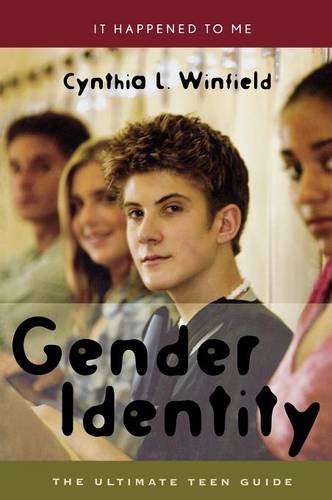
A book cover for Gender Identity: The Ultimate Teen Guide (It Happened to Me); Cynthia L. Winfield; Teen & Young Adult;